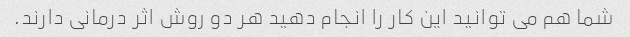
شما هم می توانید این کار را انجام دهید هر دو روش اثر درمانی دارند.